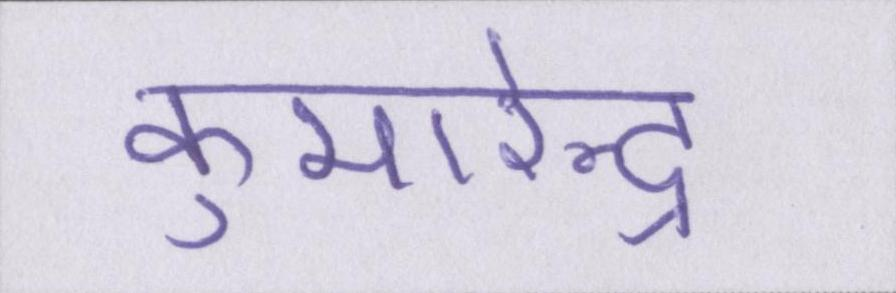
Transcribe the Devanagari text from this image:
कुमारेन्द्र